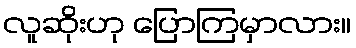
လူဆိုးဟု ပြောကြမှာလား။